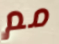
مم